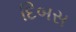
દિબસ